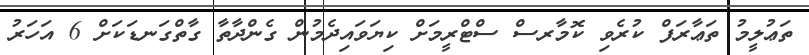
ތަޢުލީމު ތަޢާރަފް ކުރެވި ކޮމާރސް ސްޓްރީމަށް ކިޔަވައިދެމުން ގެންދާތާ ގާތްގަނޑަކަށް 6 އަހަރު